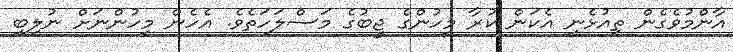
އާންމުވެގެން ތިއުޅެނީ އެކަން ކުރާ މީހުންގެ ޖީބުގެ މަސްލަހަތެވެ. އެހެން މީހުންނަށް ނުލިބި